Report of the Indian Hemp Drugs Commission, 1894-1895 - Volume I
Year: 1894
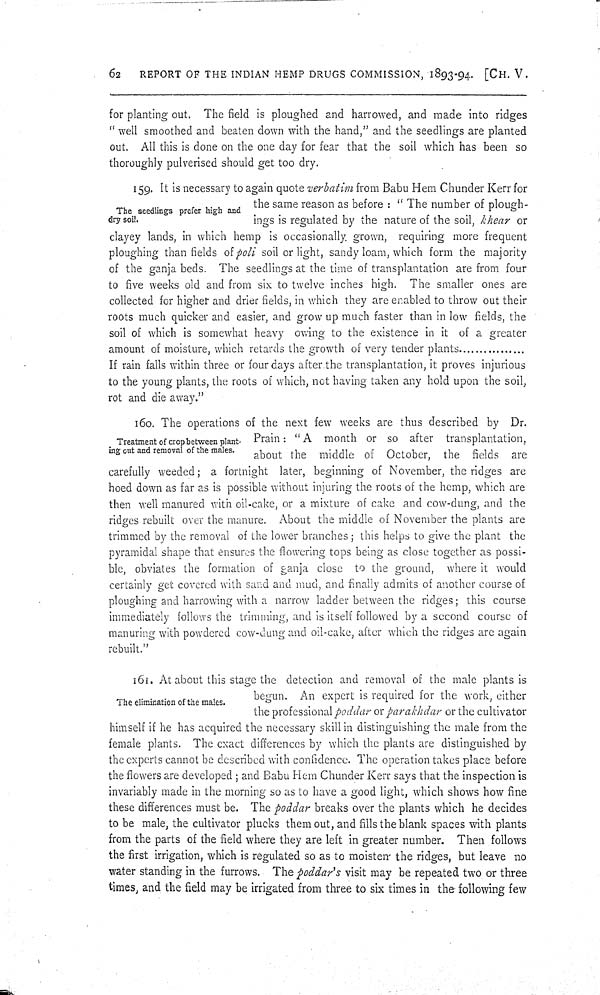
62
REPORT OF THE INDIAN HEMP DRUGS COMMISSION, 1893-94. [CH. V.
for planting out. The field is ploughed and harrowed, and made into ridges
"well smoothed and beaten down with the hand," and the seedlings are planted
out. All this is done on the one day for fear that the soil which has been so
thoroughly pulverised should get too dry.
The seedlings prefer high and
dry soil.
159. It is necessary to again quote verbatim from Babu Hem Chunder Kerr for
the same reason as before: "The number of plough-
ings is regulated by the nature of the soil, khear or
clayey lands, in which hemp is occasionally, grown, requiring more frequent
ploughing than fields of poli soil or light, sandy loam, which form the majority
of the ganja beds. The seedlings at the time of transplantation are from four
to five weeks old and from six to twelve inches high. The smaller ones are
collected for higher and drier fields, in which they are enabled to throw out their
roots much quicker and easier, and grow up much faster than in low fields, the
soil of which is somewhat heavy owing to the existence in it of a greater
amount of moisture, which retards the growth of very tender plants ................
If rain falls within three or four days after the transplantation, it proves injurious
to the young plants, the roots of which, not having taken any hold upon the soil,
rot and die away."
Treatment of crop between plant-
ing out and removal of the males.
160. The operations of the next few weeks are thus described by Dr.
Prain: "A month or so after transplantation,
about the middle of October, the fields are
carefully weeded; a fortnight later, beginning of November, the ridges are
hoed down as far as is possible without injuring the roots of the hemp, which are
then well manured with oil-cake, or a mixture of cake and cow-dung, and the
ridges rebuilt over the manure. About the middle of November the plants are
trimmed by the removal of the lower branches; this helps to give the plant the
pyramidal shape that ensures the flowering tops being as close together as possi-
ble, obviates the formation of ganja close to the ground, where it would
certainly get covered with sand and mud, and finally admits of another course of
ploughing and harrowing with a narrow ladder between the ridges; this course
immediately follows the trimming, and is itself followed by a second course of
manuring with powdered cow-dung and oil-cake, after which the ridges are again
rebuilt."
The elimination of the males.
161. At about this stage the detection and removal of the male plants is
begun. An expert is required for the work, either
the professional poddar or parakhdar or the cultivator
himself if he has acquired the necessary skill in distinguishing the male from the
female plants. The exact differences by which the plants are distinguished by
the experts cannot be described with confidence. The operation takes place before
the flowers are developed; and Babu Hem Chunder Kerr says that the inspection is
invariably made in the morning so as to have a good light, which shows how fine
these differences must be. The poddar breaks over the plants which he decides
to be male, the cultivator plucks them out, and fills the blank spaces with plants
from the parts of the field where they are left in greater number. Then follows
the first irrigation, which is regulated so as to moisten the ridges, but leave no
water standing in the furrows. The poddar's visit may be repeated two or three
times, and the field may be irrigated from three to six times in the following few